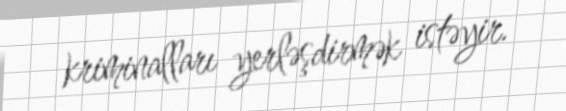
kriminalları yerləşdirmək istəyir.